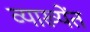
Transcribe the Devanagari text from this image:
व्याख्येंत